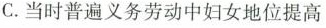
C.当时普遍义务劳动中妇女地位提高